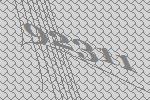
92311